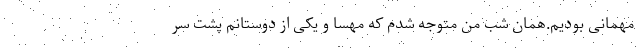
مهمانی بودیم.همان شب من متوجه شدم که مهسا و یکی از دوستانم پشت سر